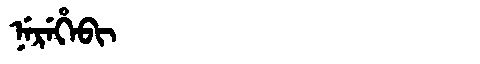
Manchu: ᠨᡝᡵᡝᡥᡝᠪᡳ
Romanization: NEREHEBI